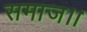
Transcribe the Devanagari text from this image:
समाज।।